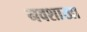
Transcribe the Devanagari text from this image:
नवशाखा